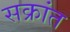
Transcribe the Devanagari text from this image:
सक्रांत